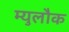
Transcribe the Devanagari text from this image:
म्युलौक